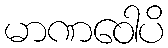
မာဏဝေါပိ